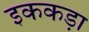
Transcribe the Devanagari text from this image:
इककड़ा